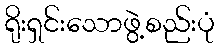
ရိုးရှင်းသောဖွဲ့စည်းပုံ